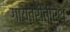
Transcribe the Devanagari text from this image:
गायत्रीतीर्थ